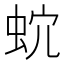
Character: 𧉡